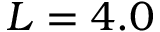
L = 4 . 0